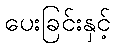
ပေးခြင်းနှင့်